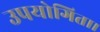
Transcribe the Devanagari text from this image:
उपयोगिता।